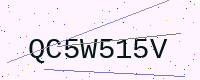
Text: QC5W515V